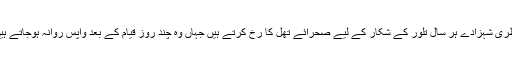
قطری شہزادے ہر سال تلور کے شکار کے لیے صحرائے تھل کا رخ کرتے ہیں جہاں وہ چند روز قیام کے بعد واپس روانہ ہوجاتے ہیں۔